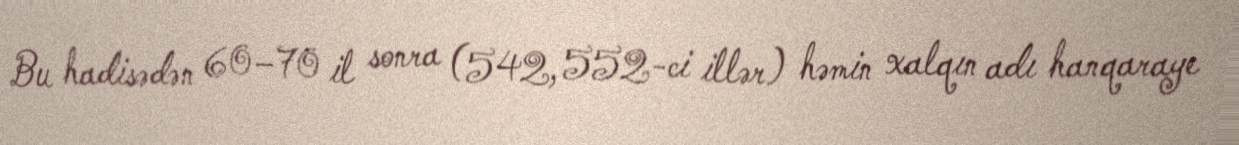
Bu hadisədən 60–70 il sonra (542, 552-ci illər) həmin xalqın adı hanqaraye